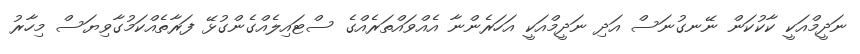
ނަދީމްއަކީ ކާކުކަން ނޭނގުނަސް އަދި ނަދީމްއަކީ އަހަރެންނާ އެއްވައްތަރެއްގެ ސްޓައިލެއްގެންގުޅޭ ފަރާތެއްކަމުގާވިޔަސް މިހާރު